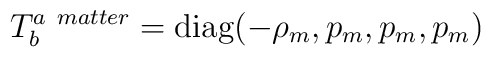
T_{b}^{a\ matter}=\hbox{diag}(-\rho_m,p_m,p_m,p_m)